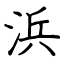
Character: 浜